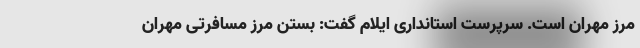
مرز مهران است. سرپرست استانداری ایلام گفت: بستن مرز مسافرتی مهران